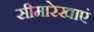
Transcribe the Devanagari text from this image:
सीमारेखाएं